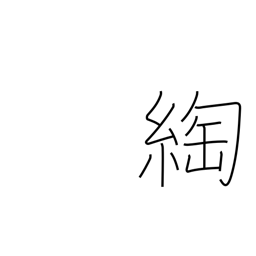
Meaning: twist